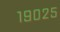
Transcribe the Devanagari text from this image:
१९०२५